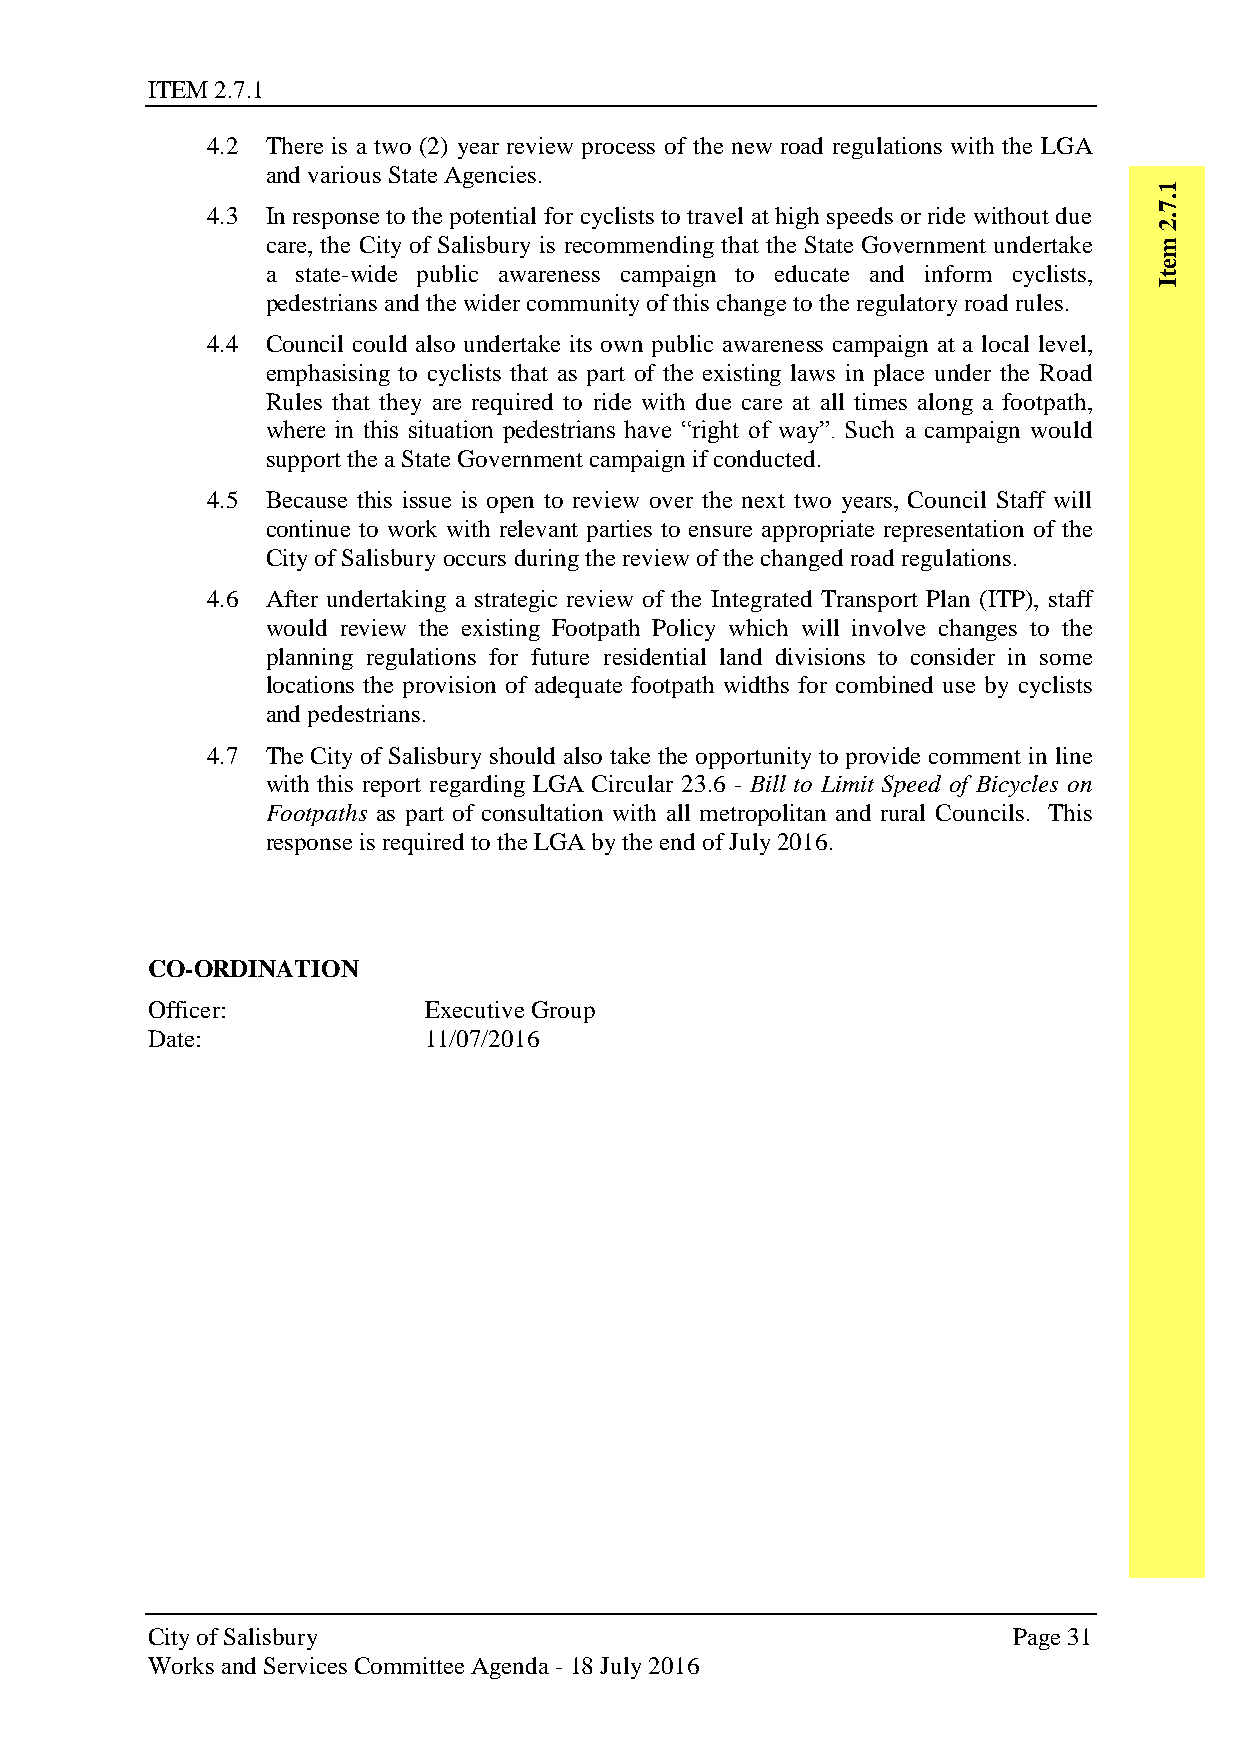
ITEM 2.7.1
 4.2 There is a two (2) year review process of the new road regulations with the LGA
 and various State Agencies.
 1
 4.3 In response to the potential for cyclists to travel at high speeds or ride without due
 .7
 .2
 care, the City of Salisbury is recommending that the State Government undertake m
 a state-wide public awareness campaign to educate and inform cyclists, e
 t
 I
 pedestrians and the wider community of this change to the regulatory road rules.
 4.4 Council could also undertake its own public awareness campaign at a local level,
 emphasising to cyclists that as part of the existing laws in place under the Road
 Rules that they are required to ride with due care at all times along a footpath,
 where in this situation pedestrians have “right of way”. Such a campaign would
 support the a State Government campaign if conducted.
 4.5 Because this issue is open to review over the next two years, Council Staff will
 continue to work with relevant parties to ensure appropriate representation of the
 City of Salisbury occurs during the review of the changed road regulations.
 4.6 After undertaking a strategic review of the Integrated Transport Plan (ITP), staff
 would review the existing Footpath Policy which will involve changes to the
 planning regulations for future residential land divisions to consider in some
 locations the provision of adequate footpath widths for combined use by cyclists
 and pedestrians.
 4.7 The City of Salisbury should also take the opportunity to provide comment in line
 with this report regarding LGA Circular 23.6 - Bill to Limit Speed of Bicycles on
 Footpaths as part of consultation with all metropolitan and rural Councils. This
 response is required to the LGA by the end of July 2016.
 CO-ORDINATION
 Officer:          Executive Group
 Date:             11/07/2016
 City of Salisbury                                        Page 31
 Works and Services Committee Agenda - 18 July 2016